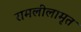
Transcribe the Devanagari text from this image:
रामलीलामृत